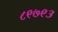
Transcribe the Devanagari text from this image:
८९७९३